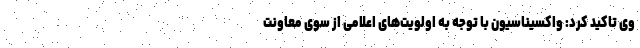
وی تاکید کرد: واکسیناسیون با توجه به اولویت‌های اعلامی از سوی معاونت